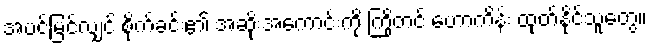
အပင်မြင်လျှင် စိုက်ခင်း၏ အဆိုးအကောင်းကို ကြိုတင် ဟောကိန်း ထုတ်နိုင်သူတွေ။